Lunatic asylums Central Provinces reports 1886-1894 - 1886-1894
Year: 1886
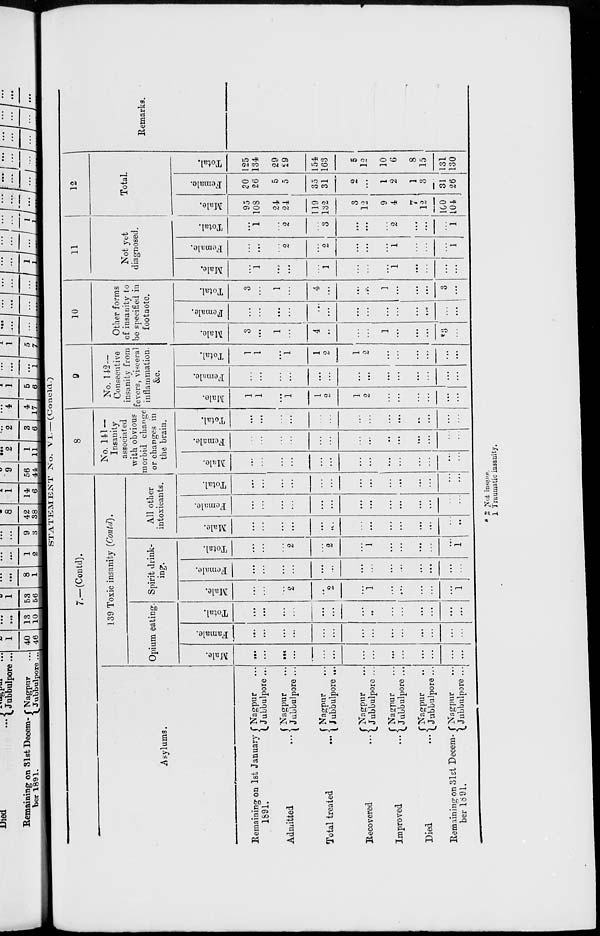
STATEMENT No. VI.—(Concld.)
7.—(Contd).
Asylums.
Remaining on 1st January
1891.
Admitted ...
Total treated
...
Recovered
...
Improved
...
Died
...
Remaining on 31st Decem-
ber 1891.
Nagpur ...
Jubbulpore ...
Nagpur ...
Jubbulpore ...
Nagpur ...
Jubbulpore ...
Nagpur ...
Jubbulpore ...
Nagpur ...
Jubbulpore ...
Nagpur ...
Jubbulpore ...
Nagpur ...
Jubbulpore ...
139 Toxic insanity (Contd).
Opium eating.
Male.
...
...
...
...
...
...
...
...
...
...
...
...
...
...
Famale.
...
...
...
...
...
...
...
...
...
...
...
...
...
...
Total.
...
...
...
...
...
...
...
...
...
...
...
...
...
...
Spirit drink-
ing.
Male.
...
...
...
2
...
2
...
1
...
...
...
...
...
1
Female.
...
...
...
...
...
...
...
...
...
...
...
...
...
...
Total.
...
...
...
2
...
2
...
1
...
...
...
...
...
1
All other
intoxicants.
Male.
...
...
...
...
...
...
...
...
...
...
...
...
...
...
Female.
...
...
...
...
...
...
...
...
...
...
...
...
...
...
Total.
...
...
...
...
...
...
...
...
...
...
...
...
...
...
8
No. 141 —
Insanity
associated
with obvious
morbid change
or changes in
the brain.
Male.
...
...
...
...
...
...
...
...
...
...
...
...
...
...
Female.
...
...
...
...
...
...
...
...
...
...
...
...
...
...
Total.
...
...
...
...
...
...
...
...
...
...
...
...
...
...
9
No. 142—
-onsecutive
insanity from
fevers, visceral
inflammation.
&c.
Male.
1
1
...
1
1
2
1
2
...
...
...
...
...
...
Female.
...
...
...
...
...
...
...
...
...
...
...
...
...
...
Total.
1
1
...
1
1
2
1
2
...
...
...
...
...
...
10
Other forms
of insanity to
be specified in
footnote.
Male.
3
...
1
...
4
...
...
...
1
...
...
...
*3
...
Female.
...
...
...
...
...
...
...
...
...
...
...
...
...
...
Total.
3
...
1
...
4
...
...
...
1
...
...
...
3
...
11
Not yet
diagnosed.
Male.
...
1
...
...
...
1
...
...
...
1
...
...
...
...
Female.
...
...
...
2
...
2
...
...
...
1
...
...
...
1
Total.
...
1
...
2
...
3
...
...
...
2
...
...
...
1
12
Total.
Male.
95
108
24
24
119
132
3
12
9
4
7
12
100
104
Female.
30
26
5
5
35
31
2
...
1
2
1
3
31
26
Total.
125
134
29
29
154
163
5
12
10
6
8
15
131
130
Remarks.
* 2 Not insane.
1 Traumatic insanity.